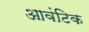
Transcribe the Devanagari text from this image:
आवंटिक